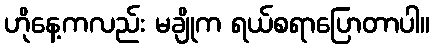
ဟိုနေ့ကလည်း မချိုက ရယ်စရာပြောတာပါ။